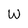
Character: w